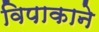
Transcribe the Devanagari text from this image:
विपाकाने